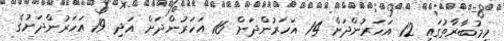
މިމުބާރާތުގައި 12 އަހަރުންދަށް 14 އަހަރުންދަށް 16 އަހަރުންދަށް އަދި 19 އަހަރުންދަށުގެ